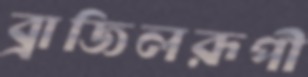
ব্রাজিলরূপী